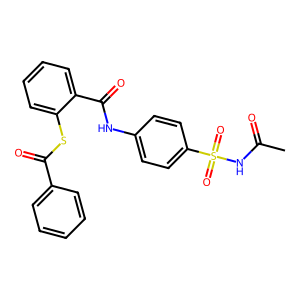
SMILES: CC(=O)NS(=O)(=O)c1ccc(NC(=O)c2ccccc2SC(=O)c2ccccc2)cc1
Inhibits HIV replication: Yes